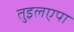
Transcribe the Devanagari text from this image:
तुइलएपा